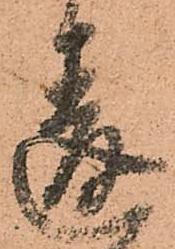
違